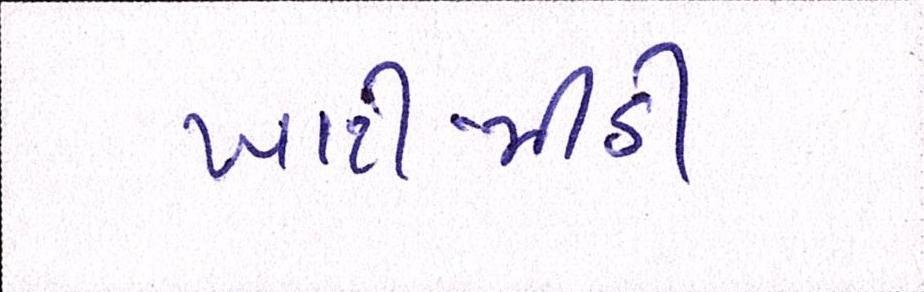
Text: ખાટી-મીઠી